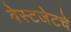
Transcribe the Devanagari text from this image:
वेस्टजेटचे